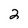
Character: 2